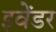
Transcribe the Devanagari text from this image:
इवेंडर